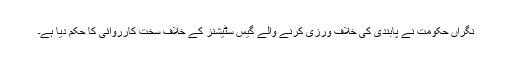
نگراں حکومت نے پابندی کی خلاف ورزی کرنے والے گیس سٹیشنز کے خلاف سخت کارروائی کا حکم دیا ہے۔